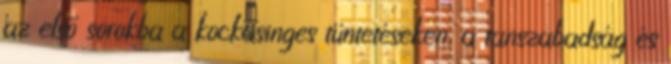
az első sorokba a kockásinges tüntetéseken, a tanszabadság és